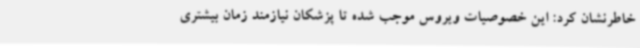
خاطرنشان کرد: این خصوصیات ویروس موجب شده تا پزشکان نیازمند زمان بیشتری